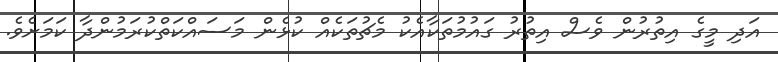
އަދި މީގެ އިތުރުން ވެސް އިތުރު ގައުމުތަކާއެކު މެޗުތަކެއް ކުޅެން މަސައްކަތްކުރަމުންދާ ކަމަށެވެ.